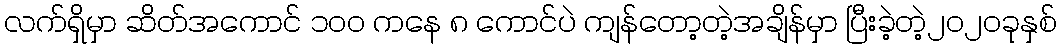
လက်ရှိမှာ ဆိတ်အကောင် ၁၀၀ ကနေ ၈ ကောင်ပဲ ကျန်တော့တဲ့အချိန်မှာ ပြီးခဲ့တဲ့၂၀၂၀ခုနှစ်